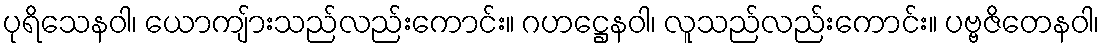
ပုရိသေနဝါ၊ ယောကျ်ားသည်လည်းကောင်း။ ဂဟဋ္ဌေနဝါ၊ လူသည်လည်းကောင်း။ ပဗ္ဗဇိတေနဝါ၊